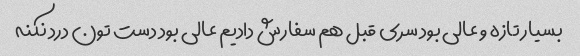
بسیار تازه و عالی بود سری قبل هم سفارش دادیم عالی بود دست تون درد نکنه